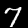
Digit: 7